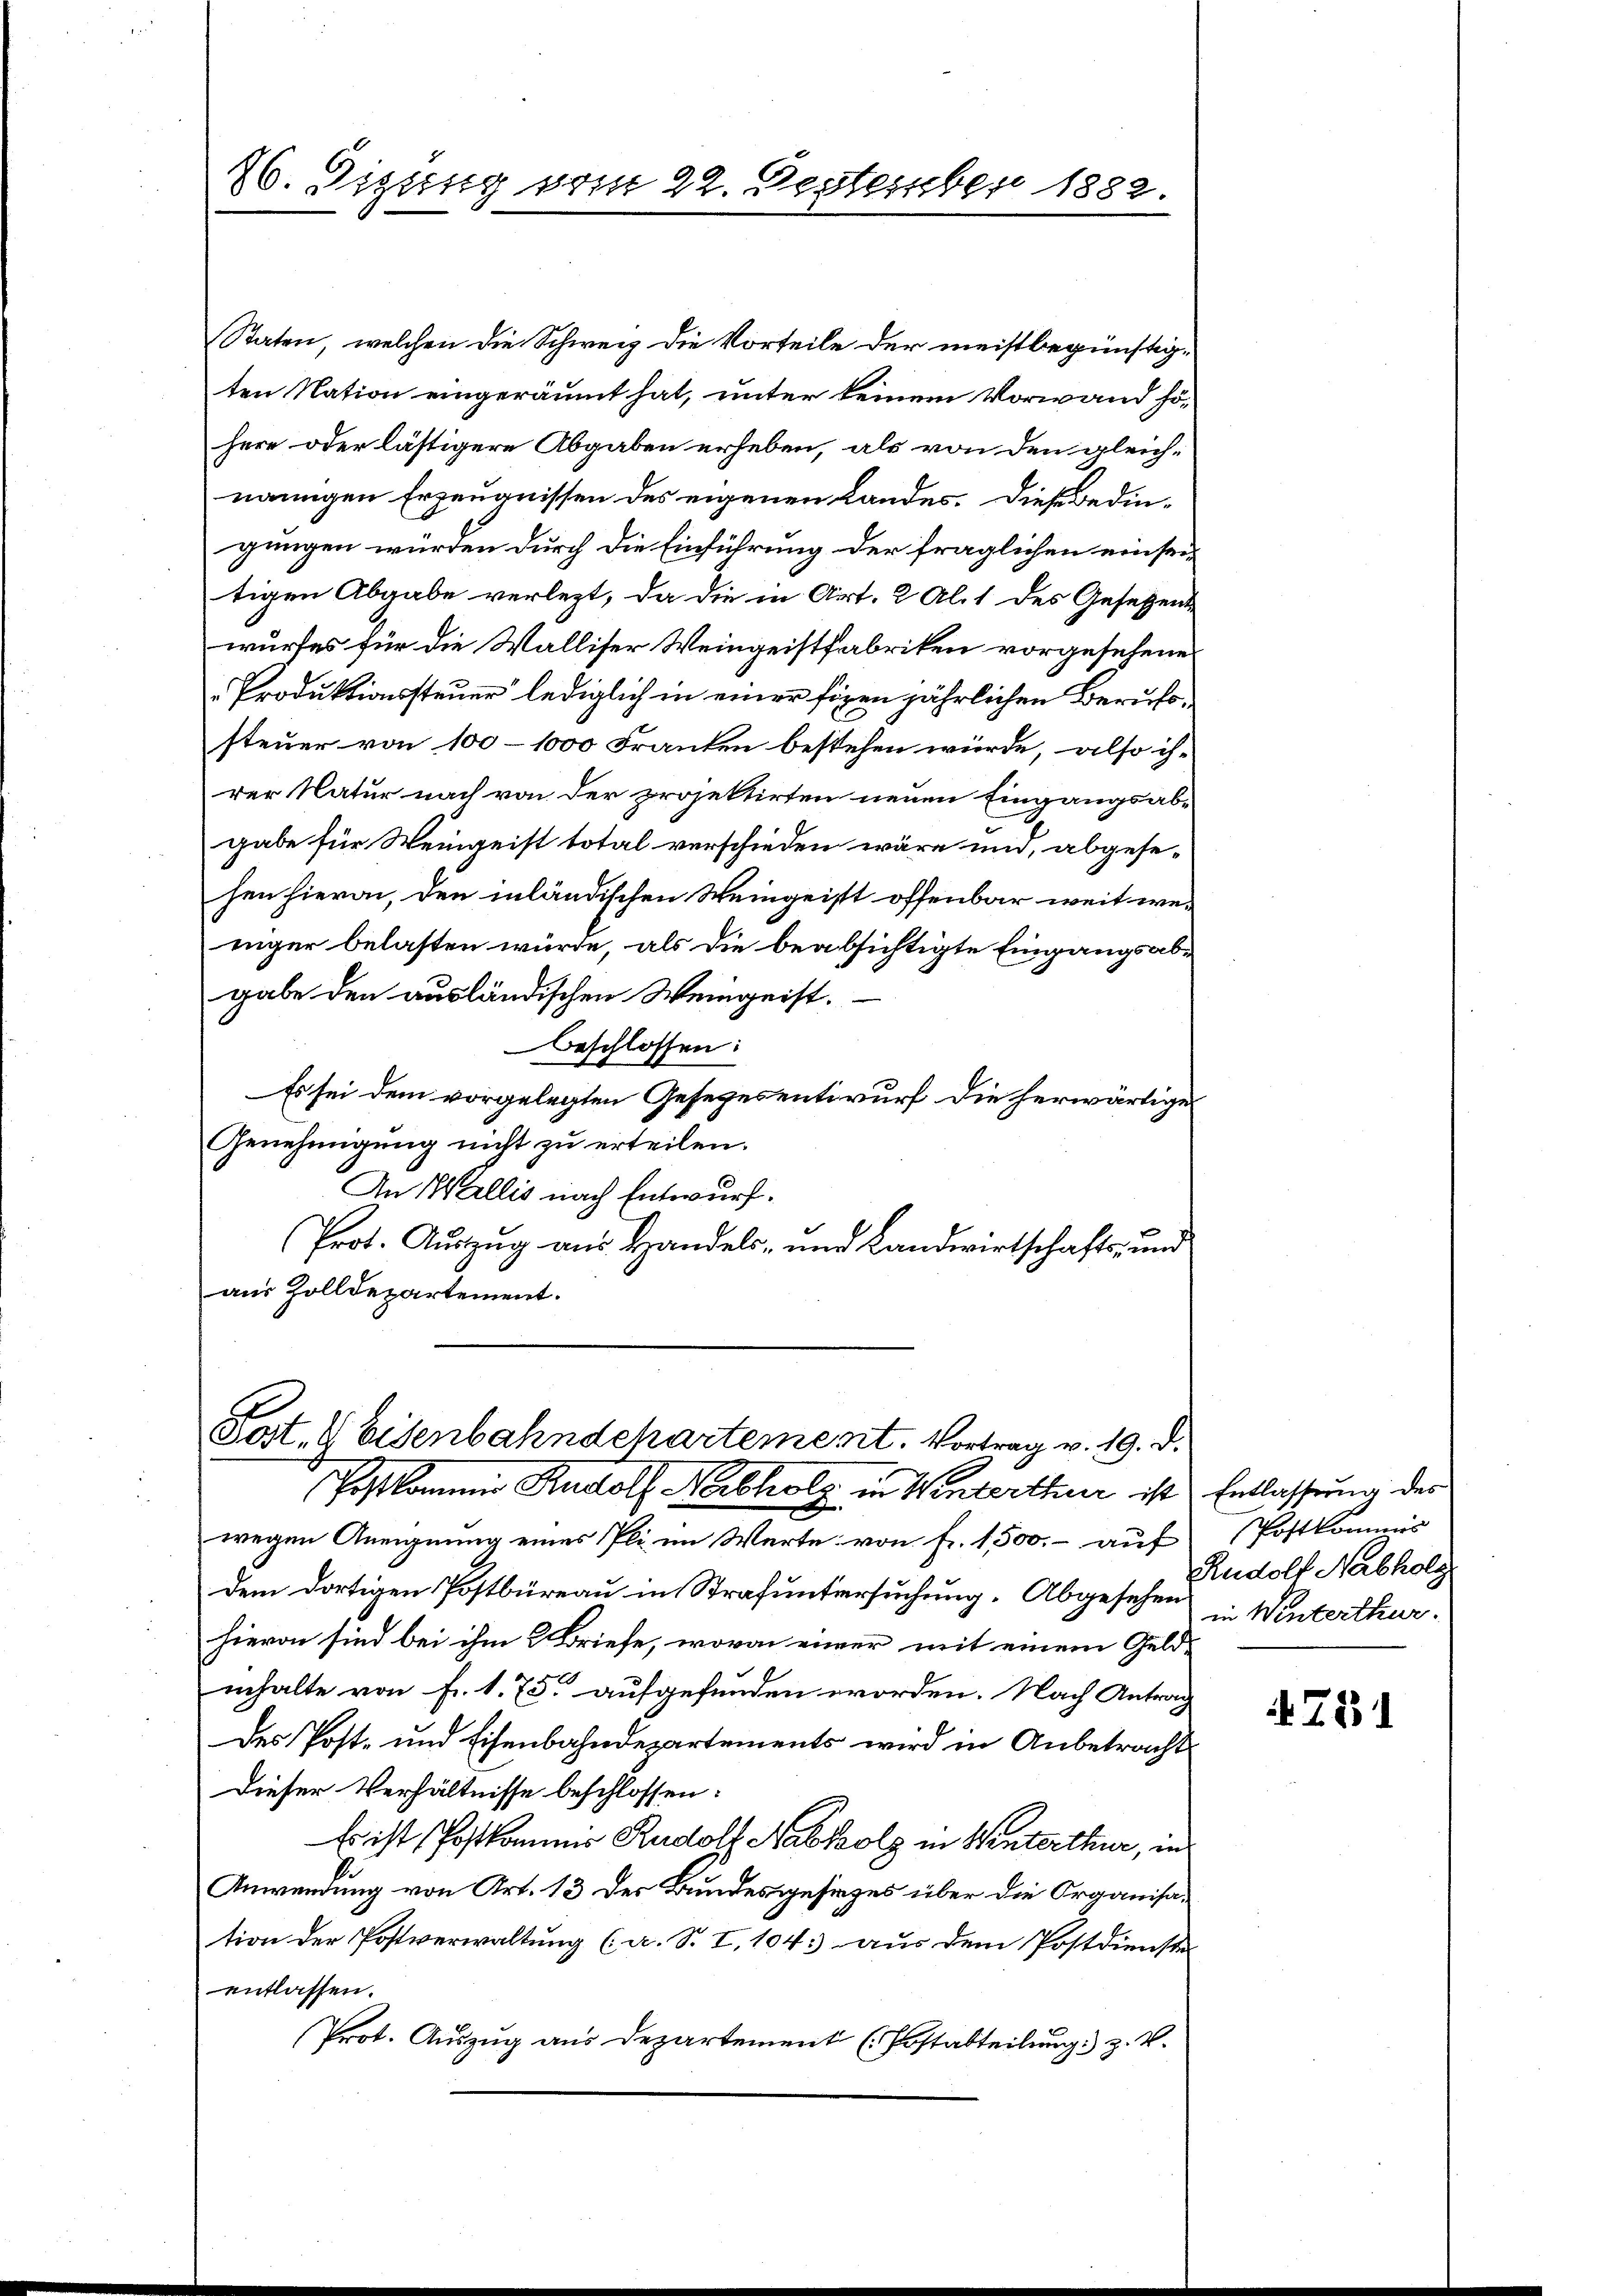
26. Digung vom 22. Destember 1882.

Staten, welchen die Schweiz die Vorteile der meistbegünstigten Nation eingeräumt hat, unter keinem Vorwand sohere oder lästigere Abgaben erheben, als von den gleichnamigen Erzeugnissen des eigenen Landes. Diese Bedingungen würden durch die Einführung der fraglichen einseitigen Abgabe verlegt, da die in Art. 2 Al. 1 des Gesetzent
wurfes für die Walliser Weingeistfabriken vorgesehene
Produktionssteuer lediglich in einer fixen jährlichen Berufosteuer von 100 - 1000 Franken bestehen würde, also ih-
rer Natur nach von der projektirten neuen Eingangsab-
gabe für Weingeist total verschieden wäre und, abgesehen hievon, den inländischen Weingeist offenbar weit weniger belasten würde, als die beabsichtigte Eingangsabgabe den ausländischen Weingeist.
beschlossen:
Es sei dem vorgelegten Gesetzesentwurf die herwärtige
Genehmigung nicht zu erteilen.
An Wallis nach Entwurf.
Prot. Auszug aus Handels- und Landwirtschafts- und
aus Zolldepartement.

F
Sot. G Eisenbahndchartement. Vortrag v. 19. d.

Postkommis Rudolf Nabholz in Winterthur ist Entlassung des
wegen Aneignung eines Pli im Werte von fr. 1500.- auf
dem dortigen Postbüreau in Strafuntersuchung. Abgesehen Winterthur.
hievon sind bei ihm 2 Briefe, wovon einer mit einem Geldinhalte von Fr. 175. aufgefunden worden. Nach Antrag
des Post- und Eisenbahndepartements wird in Anbetracht
Dieser Verhältnisse beschlossen:
Es ist Postkommis Rudolf Nabholz in Winterthur, in
Anwendung von Art. 13 der Bundesgesizes über die Organisation der Postverwaltung (a. S. I. 104. aus dem Postdienste
entlassen.
Prot. Auszug aus Departement (Postabteilung) z. B.

Postkommis
Rudolf Nabholz

731